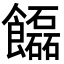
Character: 𩟬